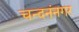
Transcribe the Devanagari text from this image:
चन्दनंनगर